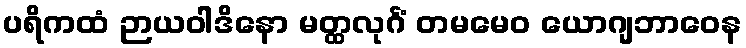
ပရိကထံ ဉာယဝါဒိနော မတ္ထလုင်္ဂံ တမမေဝ ယောဂျဘာဝေန